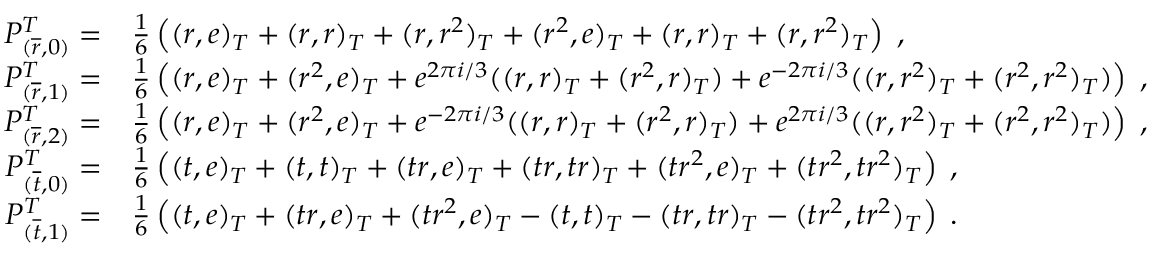
\begin{array} { r l } { P _ { ( \overline { { r } } , 0 ) } ^ { T } = } & { \frac { 1 } { 6 } \left( ( r , e ) _ { T } + ( r , r ) _ { T } + ( r , r ^ { 2 } ) _ { T } + ( r ^ { 2 } , e ) _ { T } + ( r , r ) _ { T } + ( r , r ^ { 2 } ) _ { T } \right) \; , } \\ { P _ { ( \overline { { r } } , 1 ) } ^ { T } = } & { \frac { 1 } { 6 } \left( ( r , e ) _ { T } + ( r ^ { 2 } , e ) _ { T } + e ^ { 2 \pi i / 3 } ( ( r , r ) _ { T } + ( r ^ { 2 } , r ) _ { T } ) + e ^ { - 2 \pi i / 3 } ( ( r , r ^ { 2 } ) _ { T } + ( r ^ { 2 } , r ^ { 2 } ) _ { T } ) \right) \; , } \\ { P _ { ( \overline { { r } } , 2 ) } ^ { T } = } & { \frac { 1 } { 6 } \left( ( r , e ) _ { T } + ( r ^ { 2 } , e ) _ { T } + e ^ { - 2 \pi i / 3 } ( ( r , r ) _ { T } + ( r ^ { 2 } , r ) _ { T } ) + e ^ { 2 \pi i / 3 } ( ( r , r ^ { 2 } ) _ { T } + ( r ^ { 2 } , r ^ { 2 } ) _ { T } ) \right) \; , } \\ { P _ { ( \overline { { t } } , 0 ) } ^ { T } = } & { \frac { 1 } { 6 } \left( ( t , e ) _ { T } + ( t , t ) _ { T } + ( t r , e ) _ { T } + ( t r , t r ) _ { T } + ( t r ^ { 2 } , e ) _ { T } + ( t r ^ { 2 } , t r ^ { 2 } ) _ { T } \right) \; , } \\ { P _ { ( \overline { { t } } , 1 ) } ^ { T } = } & { \frac { 1 } { 6 } \left( ( t , e ) _ { T } + ( t r , e ) _ { T } + ( t r ^ { 2 } , e ) _ { T } - ( t , t ) _ { T } - ( t r , t r ) _ { T } - ( t r ^ { 2 } , t r ^ { 2 } ) _ { T } \right) \; . } \end{array}